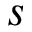
s